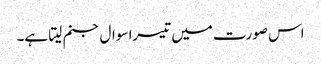
اس صورت میں تیسرا سوال جنم لیتا ہے۔